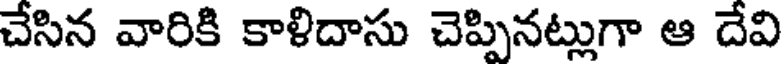
చేసిన వారికి కాళిదాసు చెప్పినట్లుగా ఆ దేవి